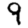
Digit: 9